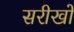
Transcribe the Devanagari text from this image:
सरीखों